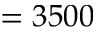
= 3 5 0 0